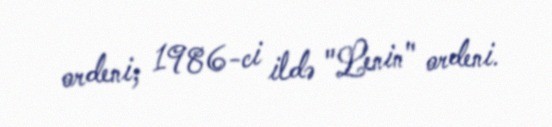
ordeni; 1986-ci ildə "Lenin" ordeni.